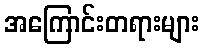
အကြောင်းတရားများ